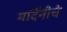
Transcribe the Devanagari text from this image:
मर्दिनीचे